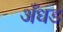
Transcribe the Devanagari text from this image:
अँधड